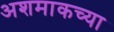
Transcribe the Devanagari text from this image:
अशमाकच्या